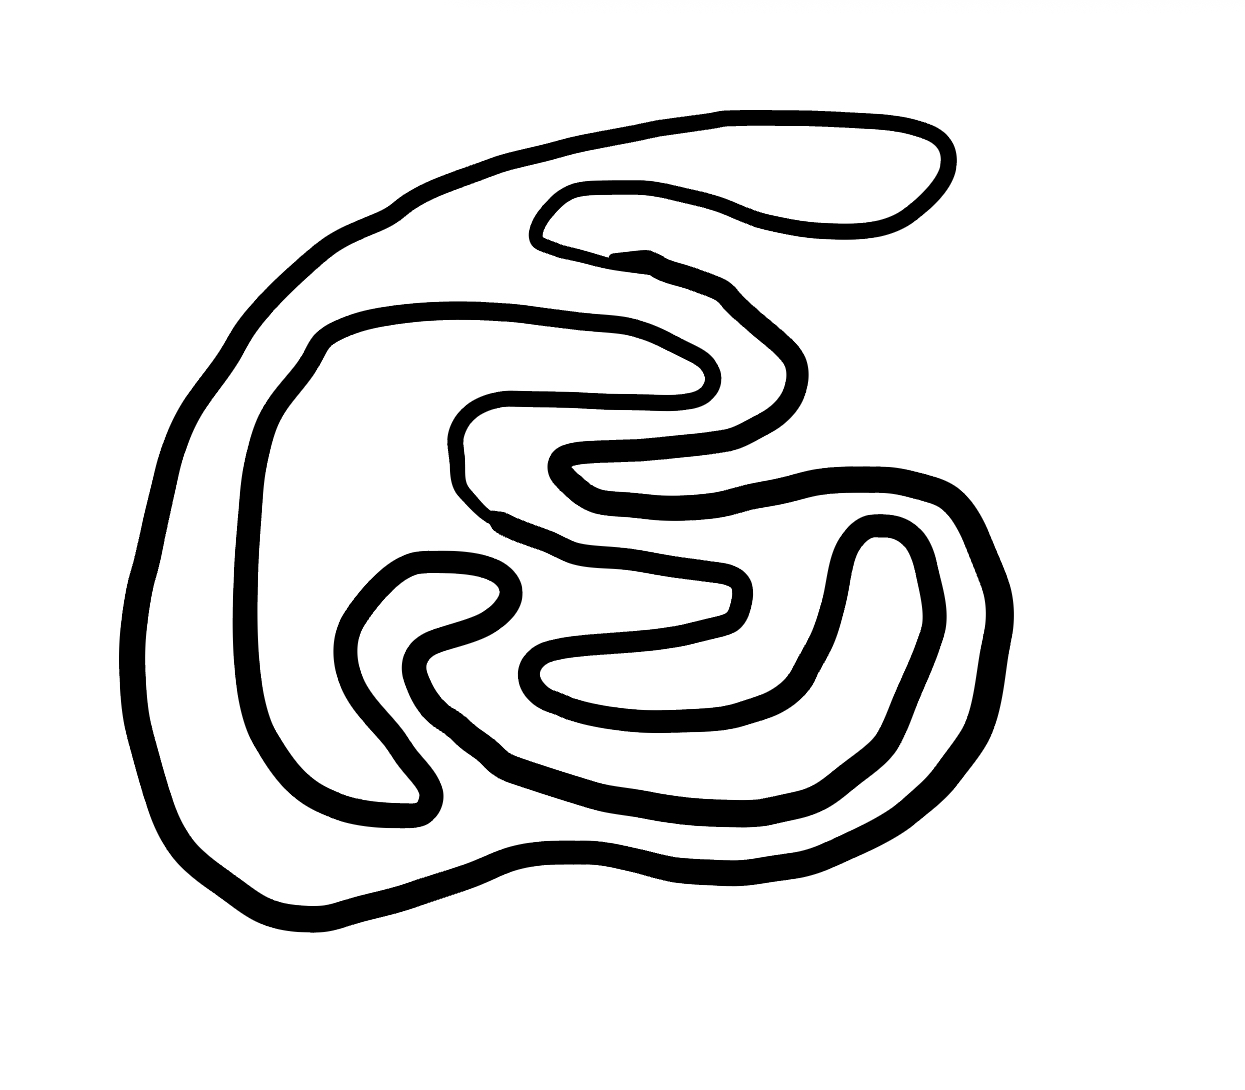
Number of regions (including the outer root region): 3
Containment tree edges (parent, child): 0, 1, 1, 2